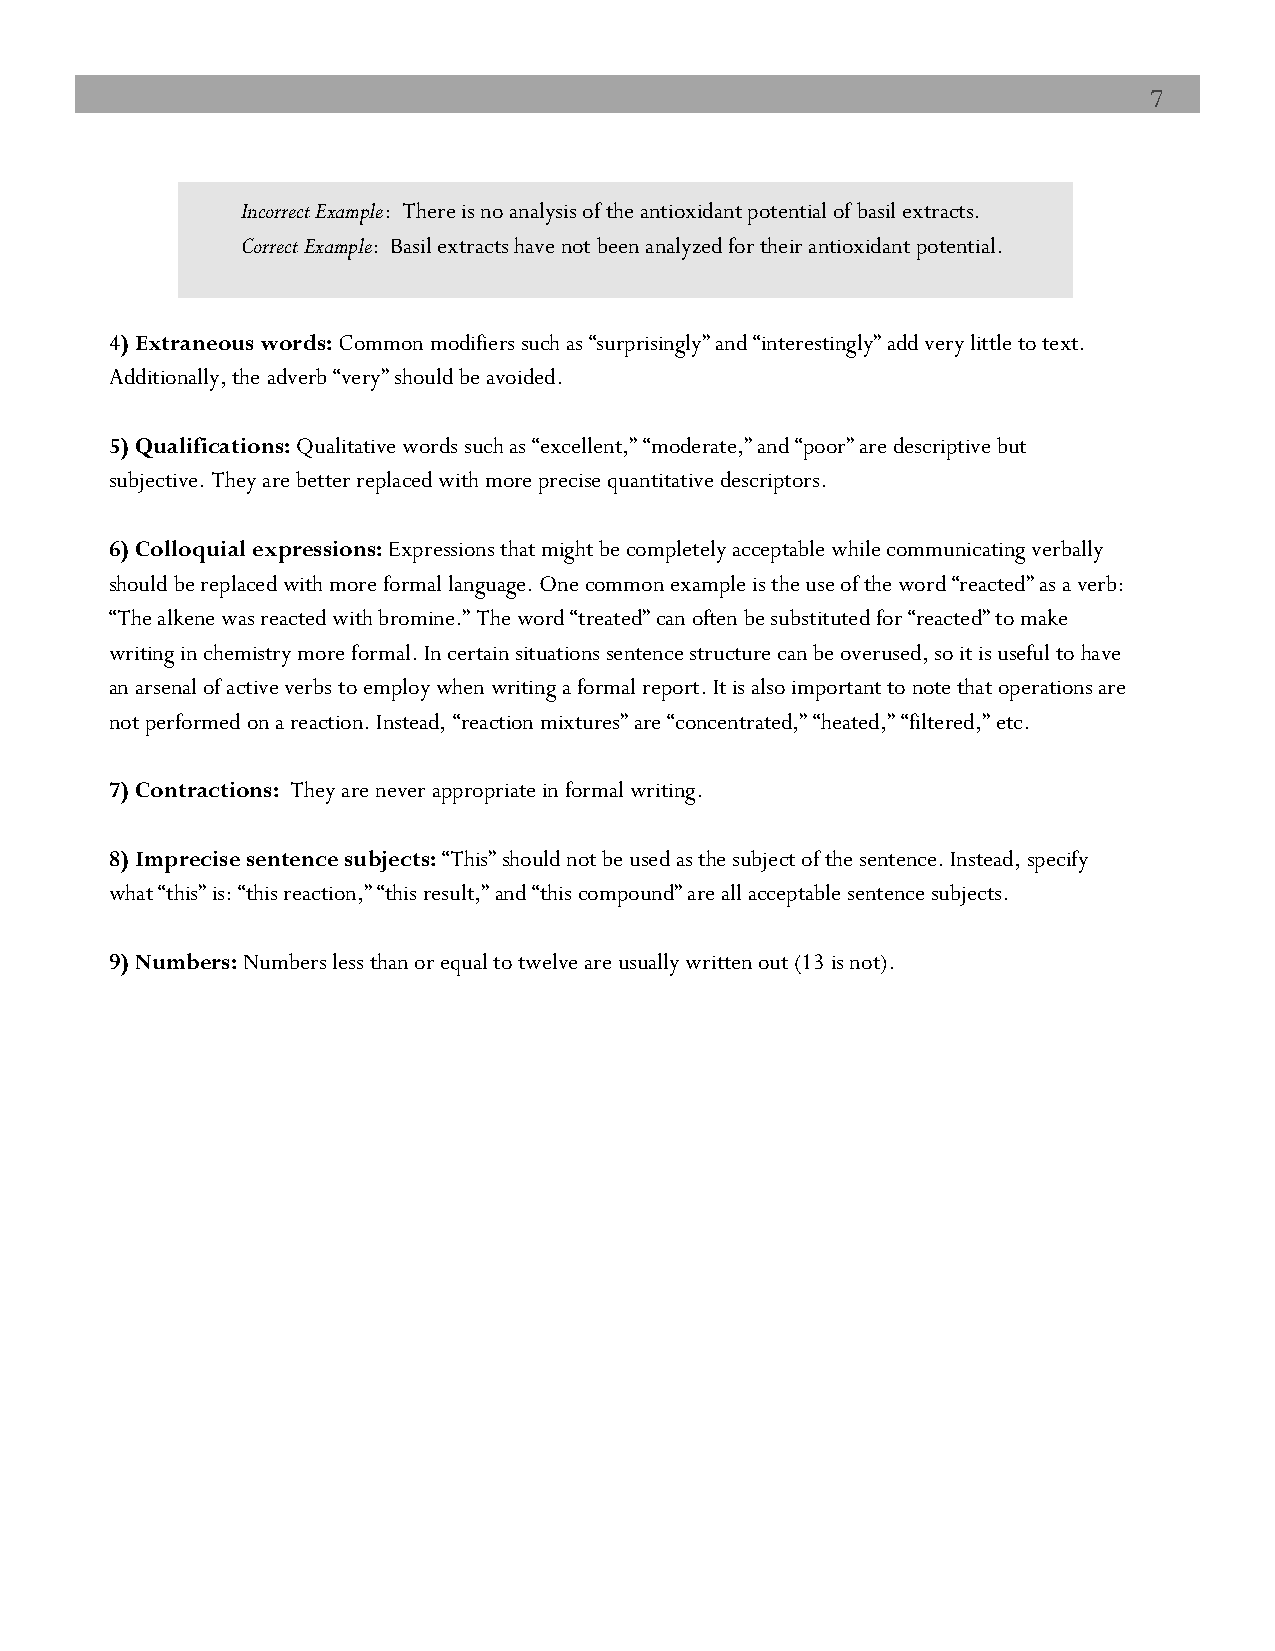
7 7
 Incorrect Example: There is no analysis of the antioxidant potential of basil extracts.
 Correct Example: Basil extracts have not been analyzed for their antioxidant potential.
 4) Extraneous words: Common modifiers such as “surprisingly” and “interestingly” add very little to text.
 Additionally, the adverb “very” should be avoided.
 5) Qualifications: Qualitative words such as “excellent,” “moderate,” and “poor” are descriptive but
 subjective. They are better replaced with more precise quantitative descriptors.
 6) Colloquial expressions: Expressions that might be completely acceptable while communicating verbally
 should be replaced with more formal language. One common example is the use of the word “reacted” as a verb:
 “The alkene was reacted with bromine.” The word “treated” can often be substituted for “reacted” to make
 writing in chemistry more formal. In certain situations sentence structure can be overused, so it is useful to have
 an arsenal of active verbs to employ when writing a formal report. It is also important to note that operations are
 not performed on a reaction. Instead, “reaction mixtures” are “concentrated,” “heated,” “filtered,” etc.
 7) Contractions: They are never appropriate in formal writing.
 8) Imprecise sentence subjects: “This” should not be used as the subject of the sentence. Instead, specify
 what “this” is: “this reaction,” “this result,” and “this compound” are all acceptable sentence subjects.
 9) Numbers: Numbers less than or equal to twelve are usually written out (13 is not).